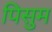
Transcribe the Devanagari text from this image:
पिसुम